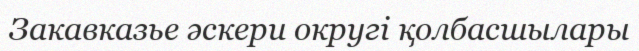
Закавказье әскери округі қолбасшылары